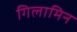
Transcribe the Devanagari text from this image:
गिलामिन